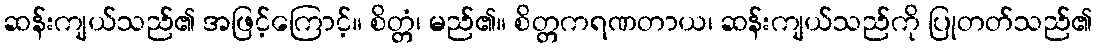
ဆန်းကျယ်သည်၏ အဖြင့်ကြောင့်။ စိတ္တံ၊ မည်၏။ စိတ္တကရဏတာယ၊ ဆန်းကျယ်သည်ကို ပြုတတ်သည်၏